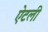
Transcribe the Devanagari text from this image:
ऐटली